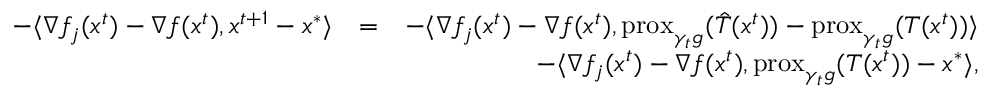
\begin{array} { r l r } { - \langle \nabla f _ { j } ( x ^ { t } ) - \nabla f ( x ^ { t } ) , x ^ { t + 1 } - x ^ { * } \rangle } & { = } & { - \langle \nabla f _ { j } ( x ^ { t } ) - \nabla f ( x ^ { t } ) , \mathrm { p r o x } _ { \gamma _ { t } g } ( \hat { T } ( x ^ { t } ) ) - \mathrm { p r o x } _ { \gamma _ { t } g } ( T ( x ^ { t } ) ) \rangle } \\ & { } & { - \langle \nabla f _ { j } ( x ^ { t } ) - \nabla f ( x ^ { t } ) , \mathrm { p r o x } _ { \gamma _ { t } g } ( T ( x ^ { t } ) ) - x ^ { * } \rangle , } \end{array}